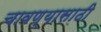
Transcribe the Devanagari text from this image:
चावण्यासाठी